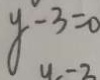
y - 3 = 0